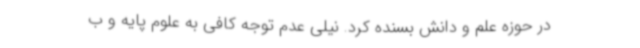
در حوزه علم و دانش بسنده کرد. نیلی عدم توجه کافی به علوم پایه و ب